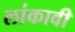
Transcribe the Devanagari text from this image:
लांकावी